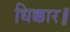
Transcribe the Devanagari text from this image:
धिक्कार॥